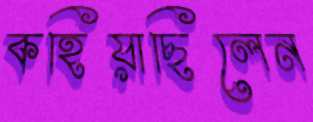
কহিয়াছিলেন